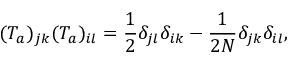
( T _ { a } ) _ { j k } ( T _ { a } ) _ { i l } = \frac { 1 } { 2 } \delta _ { j l } \delta _ { i k } - \frac { 1 } { 2 N } \delta _ { j k } \delta _ { i l } ,